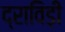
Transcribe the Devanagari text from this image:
द्राविड़ी